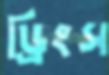
ড্রিংস